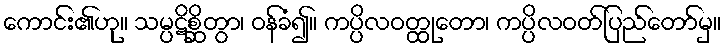
ကောင်း၏ဟု။ သမ္ပဋိစ္ဆိတွာ၊ ဝန်ခံ၍။ ကပ္ပိလဝတ္ထုတော၊ ကပ္ပိလဝတ်ပြည်တော်မှ။